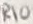
Text: R10